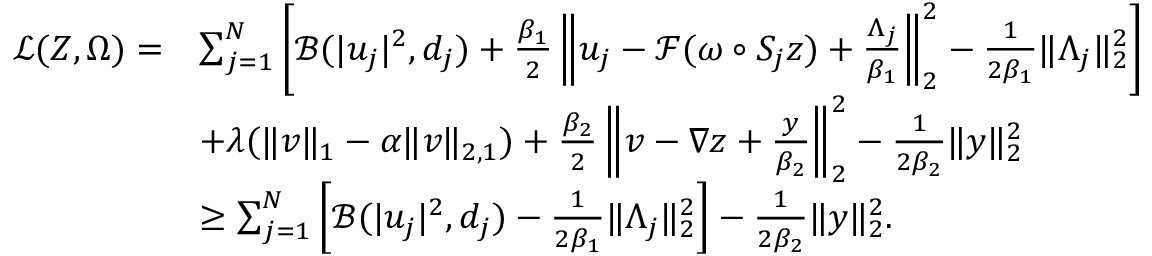
\begin{array} { r l } { \mathcal { L } ( Z , \Omega ) = } & { \sum _ { j = 1 } ^ { N } \left[ \mathcal { B } ( | u _ { j } | ^ { 2 } , d _ { j } ) + \frac { \beta _ { 1 } } { 2 } \left\| u _ { j } - \mathcal { F } ( \omega \circ S _ { j } z ) + \frac { \Lambda _ { j } } { \beta _ { 1 } } \right\| _ { 2 } ^ { 2 } - \frac { 1 } { 2 \beta _ { 1 } } \| \Lambda _ { j } \| _ { 2 } ^ { 2 } \right] } \\ & { + \lambda ( \| v \| _ { 1 } - \alpha \| v \| _ { 2 , 1 } ) + \frac { \beta _ { 2 } } { 2 } \left\| v - \nabla z + \frac { y } { \beta _ { 2 } } \right\| _ { 2 } ^ { 2 } - \frac { 1 } { 2 \beta _ { 2 } } \| y \| _ { 2 } ^ { 2 } } \\ & { \geq \sum _ { j = 1 } ^ { N } \left[ \mathcal { B } ( | u _ { j } | ^ { 2 } , d _ { j } ) - \frac { 1 } { 2 \beta _ { 1 } } \| \Lambda _ { j } \| _ { 2 } ^ { 2 } \right] - \frac { 1 } { 2 \beta _ { 2 } } \| y \| _ { 2 } ^ { 2 } . } \end{array}